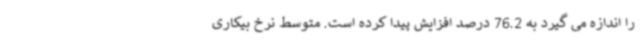
را اندازه می گیرد به 76.2 درصد افزایش پیدا کرده است. متوسط نرخ بیکاری